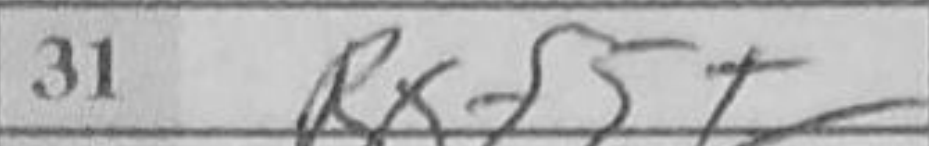
Transcription: Rxf5+